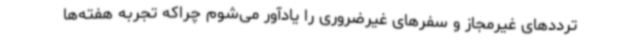
ترددهای غیرمجاز و سفرهای غیرضروری را یادآور می‌شوم چراکه تجربه هفته‌ها